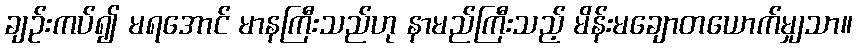
ချဉ်းကပ်၍ မရအောင် မာနကြီးသည်ဟု နာမည်ကြီးသည့် မိန်းမချောတယောက်မျှသာ။